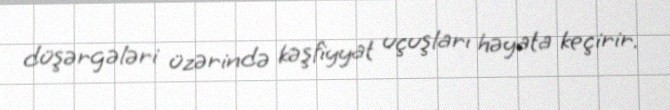
düşərgələri üzərində kəşfiyyat uçuşları həyata keçirir.